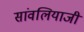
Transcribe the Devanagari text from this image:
सांवलियाजी